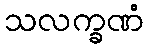
သလက္ခဏံ